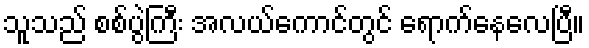
သူသည် စစ်ပွဲကြီး အလယ်ကောင်တွင် ရောက်နေလေပြီ။